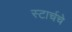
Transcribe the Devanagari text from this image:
स्टार्चचे